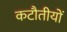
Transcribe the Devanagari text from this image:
कटौतीयों